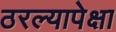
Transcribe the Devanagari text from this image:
ठरल्यापेक्षा